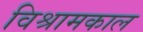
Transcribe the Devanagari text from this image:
विश्रामकाल